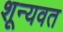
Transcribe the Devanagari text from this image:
शून्यवत